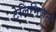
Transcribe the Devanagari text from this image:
टेलिभिजन